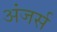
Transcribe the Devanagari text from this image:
अंजर्स